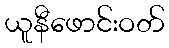
ယူနီဖောင်းဝတ်